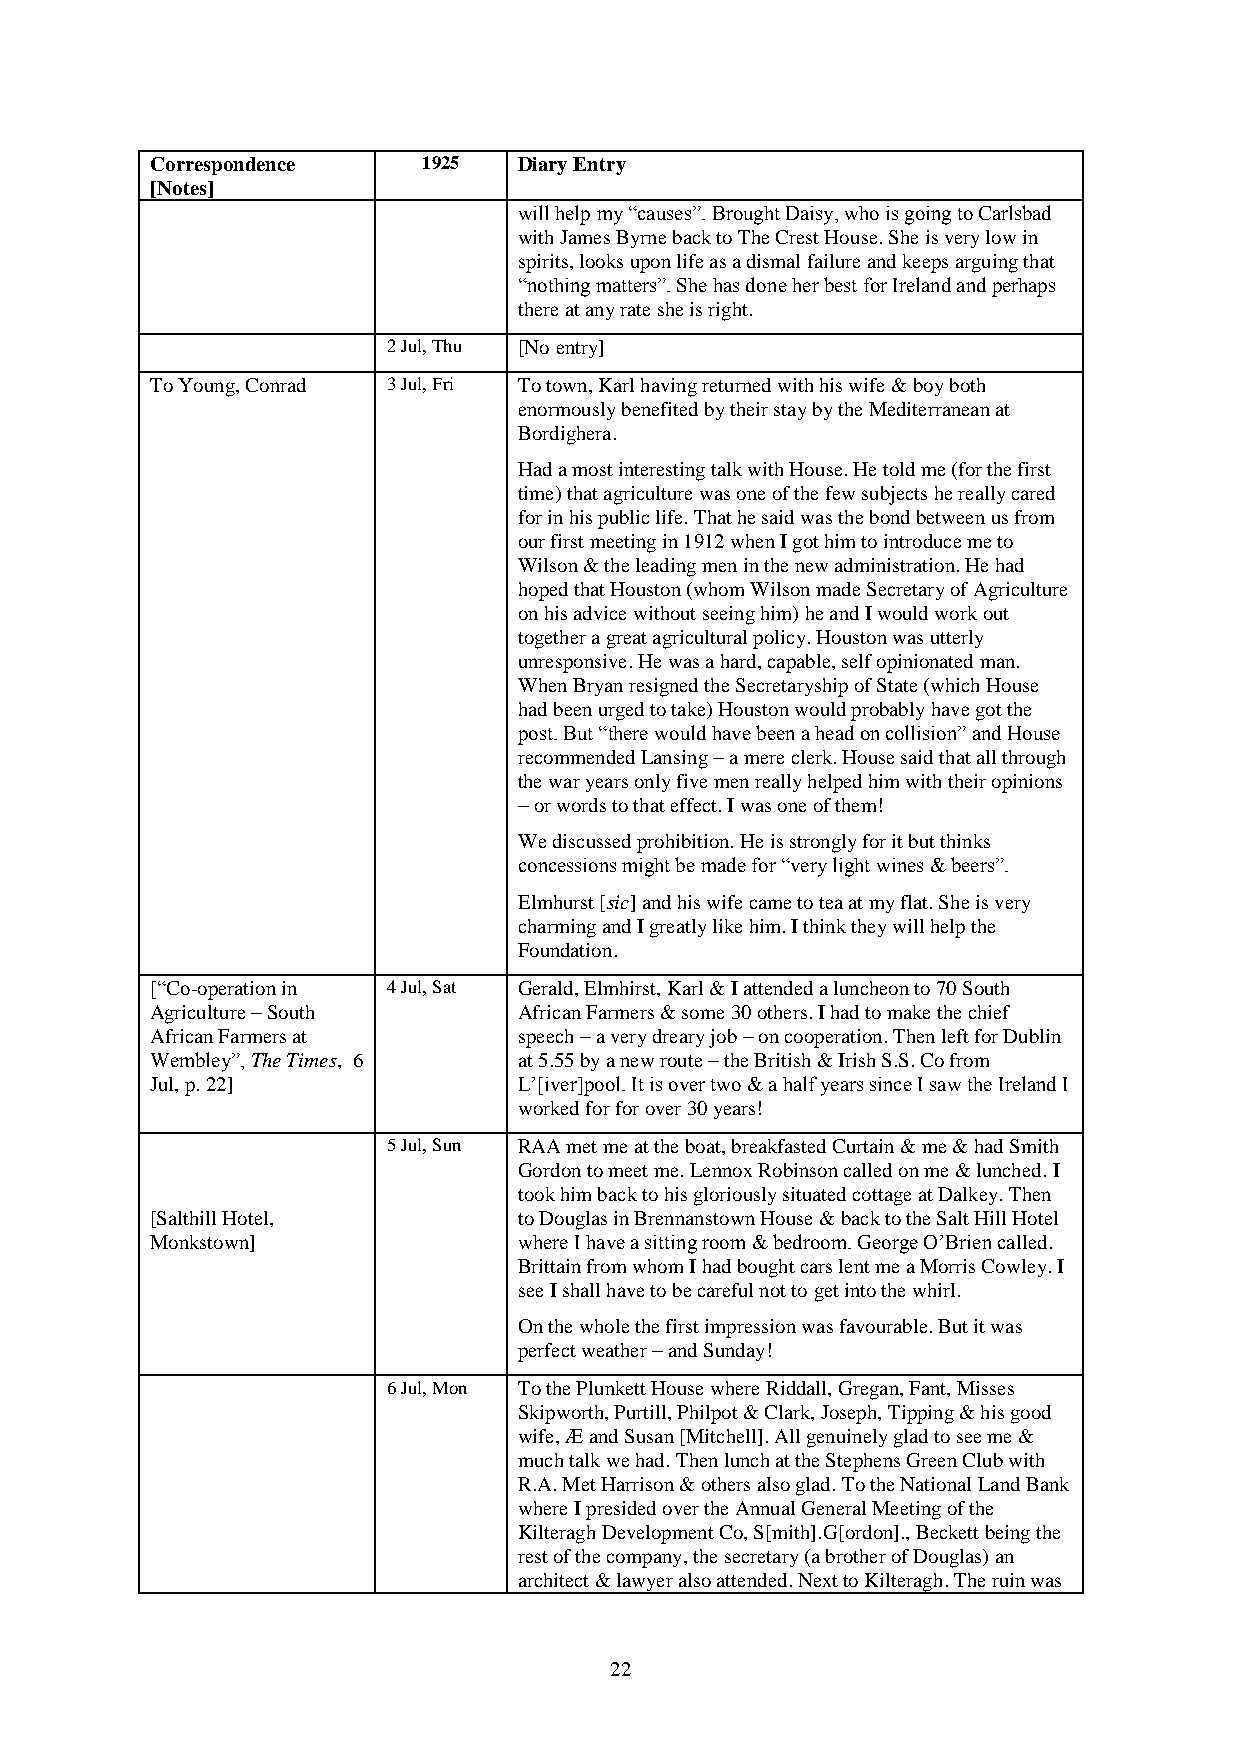
Correspondence    1925  Diary Entry
 [Notes]
 will help my “causes”. Brought Daisy, who is going to Carlsbad
 with James Byrne back to The Crest House. She is very low in
 spirits, looks upon life as a dismal failure and keeps arguing that
 “nothing matters”. She has done her best for Ireland and perhaps
 there at any rate she is right.
 2 Jul, Thu [No entry]
 To Young, Conrad 3 Jul, Fri To town, Karl having returned with his wife & boy both
 enormously benefited by their stay by the Mediterranean at
 Bordighera.
 Had a most interesting talk with House. He told me (for the first
 time) that agriculture was one of the few subjects he really cared
 for in his public life. That he said was the bond between us from
 our first meeting in 1912 when I got him to introduce me to
 Wilson & the leading men in the new administration. He had
 hoped that Houston (whom Wilson made Secretary of Agriculture
 on his advice without seeing him) he and I would work out
 together a great agricultural policy. Houston was utterly
 unresponsive. He was a hard, capable, self opinionated man.
 When Bryan resigned the Secretaryship of State (which House
 had been urged to take) Houston would probably have got the
 post. But “there would have been a head on collision” and House
 recommended Lansing – a mere clerk. House said that all through
 the war years only five men really helped him with their opinions
 – or words to that effect. I was one of them!
 We discussed prohibition. He is strongly for it but thinks
 concessions might be made for “very light wines & beers”.
 Elmhurst [sic] and his wife came to tea at my flat. She is very
 charming and I greatly like him. I think they will help the
 Foundation.
 [“Co-operation in 4 Jul, Sat Gerald, Elmhirst, Karl & I attended a luncheon to 70 South
 Agriculture – South     African Farmers & some 30 others. I had to make the chief
 African Farmers at      speech – a very dreary job – on cooperation. Then left for Dublin
 Wembley”, The Times, 6  at 5.55 by a new route – the British & Irish S.S. Co from
 Jul, p. 22]             L’[iver]pool. It is over two & a half years since I saw the Ireland I
 worked for for over 30 years!
 5 Jul, Sun RAA met me at the boat, breakfasted Curtain & me & had Smith
 Gordon to meet me. Lennox Robinson called on me & lunched. I
 took him back to his gloriously situated cottage at Dalkey. Then
 [Salthill Hotel,        to Douglas in Brennanstown House & back to the Salt Hill Hotel
 Monkstown]              where I have a sitting room & bedroom. George O’Brien called.
 Brittain from whom I had bought cars lent me a Morris Cowley. I
 see I shall have to be careful not to get into the whirl.
 On the whole the first impression was favourable. But it was
 perfect weather – and Sunday!
 6 Jul, Mon To the Plunkett House where Riddall, Gregan, Fant, Misses
 Skipworth, Purtill, Philpot & Clark, Joseph, Tipping & his good
 wife, Æ and Susan [Mitchell]. All genuinely glad to see me &
 much talk we had. Then lunch at the Stephens Green Club with
 R.A. Met Harrison & others also glad. To the National Land Bank
 where I presided over the Annual General Meeting of the
 Kilteragh Development Co, S[mith].G[ordon]., Beckett being the
 rest of the company, the secretary (a brother of Douglas) an
 architect & lawyer also attended. Next to Kilteragh. The ruin was
 22